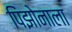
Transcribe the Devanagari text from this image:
पिंझोनाला